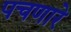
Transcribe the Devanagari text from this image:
पचणारे